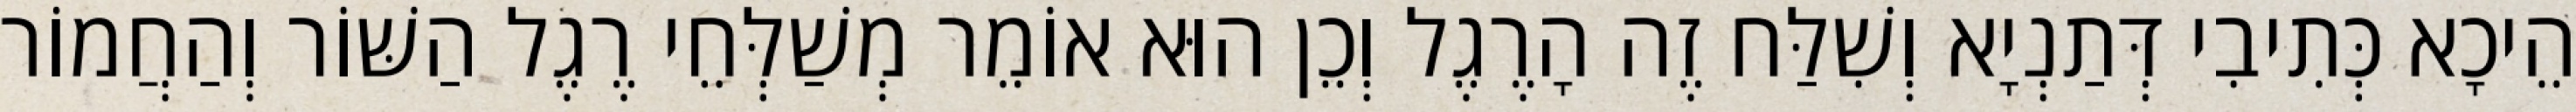
הֵיכָא כְּתִיבִי דְּתַנְיָא וְשִׁלַּח זֶה הָרֶגֶל וְכֵן הוּא אוֹמֵר מְשַׁלְּחֵי רֶגֶל הַשּׁוֹר וְהַחֲמוֹר